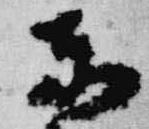
東